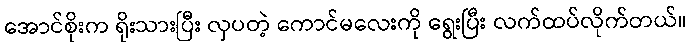
အောင်စိုးက ရိုးသားပြီး လှပတဲ့ ကောင်မလေးကို ရွေးပြီး လက်ထပ်လိုက်တယ်။